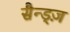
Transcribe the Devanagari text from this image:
सैन्ड्ज़